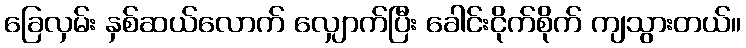
ခြေလှမ်း နှစ်ဆယ်လောက် လျှောက်ပြီး ခေါင်းငိုက်စိုက် ကျသွားတယ်။